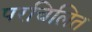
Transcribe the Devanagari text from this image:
परचिलित